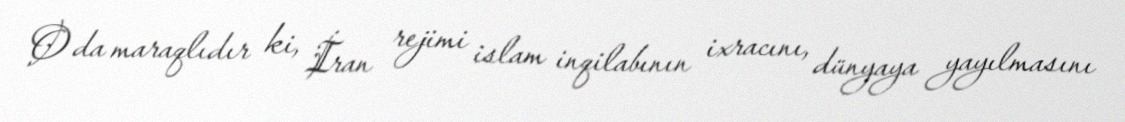
O da maraqlıdır ki, İran rejimi islam inqilabının ixracını, dünyaya yayılmasını